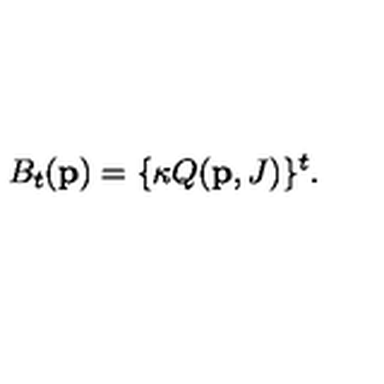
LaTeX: B _ { t } ( { \bf p } ) = \{ \kappa Q ( { \bf p } , J ) \} ^ { t } .